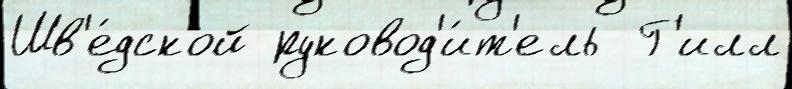
Шв'е́дской руковод'и́т'ель  Г'илл